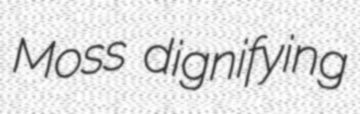
Moss dignifying